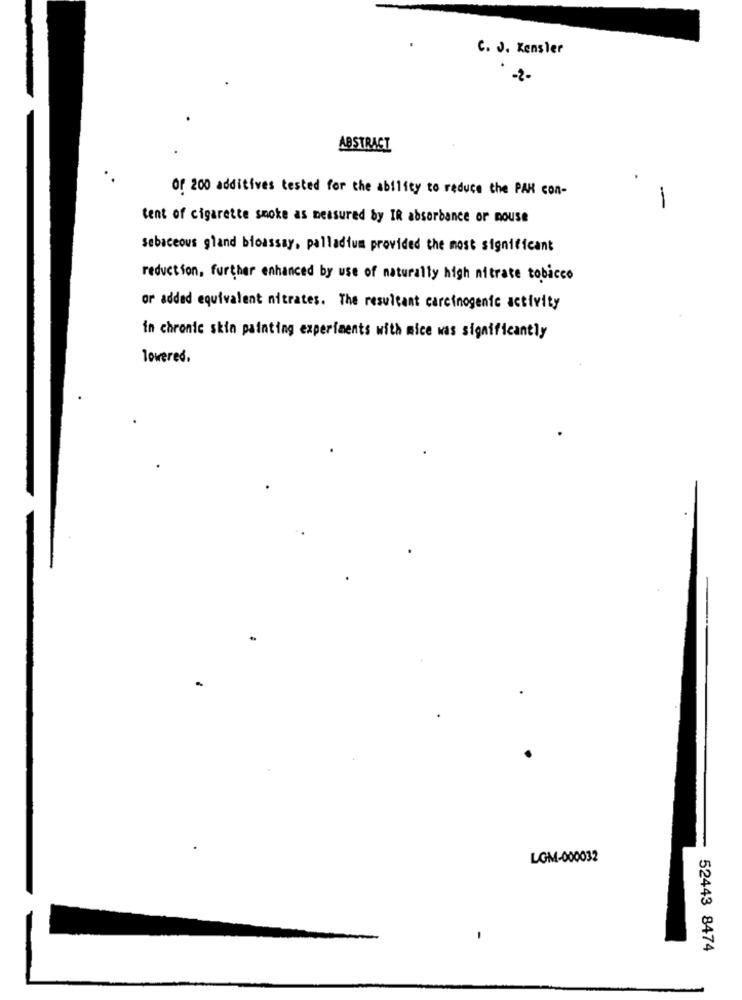
C. J. Kensler
ABSTRACT
Of 200 additives tested for the ability to reduce the PAN con-
-
tent of cigarette smoke as measured by IR absorbance or mouse
sebaceous gland bioassay, palladium provided the most significant
reduction, further enhanced by use of naturally high nitrate tobacco
or added equivalent nitrates. The resultant carcinogenic activity
in chronic skin painting experiments with mice was significantly
lowered.
LOM-000032
52443 8474